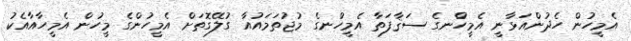
އެމީހުން ހެދުންއަޅާނީ އެމީހުްނގެ ސަޤާފަތާ އެމީހުްނގެ މުޖުތަމައުއާ ގުލޭގޮތަށް އެމީހުންގެ މީހުން އެމީހާއާއެކު